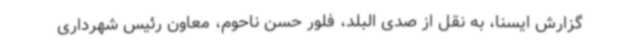
گزارش ایسنا، به نقل از صدی البلد، فلور حسن ناحوم، معاون رئیس شهرداری